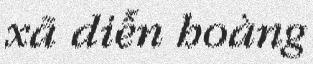
xã diễn hoàng